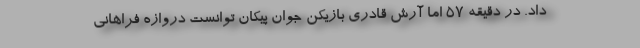
داد. در دقیقه ۵۷ اما آرش قادری بازیکن جوان پیکان توانست دروازه فراهانی